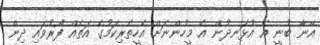
އޭނާ ބުނީ އެ އުޅަނދުން އެ މީހުންނަށް އެހީތެރިކަމުގެ އަތެއް ފޯރުވައި ދިން